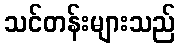
သင်တန်းများသည်